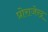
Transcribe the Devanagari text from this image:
प्रोराजेन्द्र